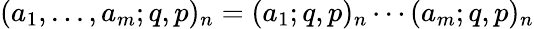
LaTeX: \displaystyle(a_{1},...,a_{m};q,p)_{n}=(a_{1};q,p)_{n}\cdots(a_{m};q,p)_{n}